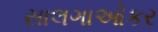
સાલગાઓકર